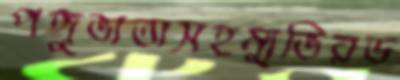
পঙ্গুভাতাসহম্যুভিরড